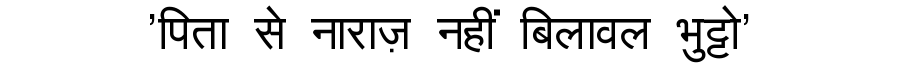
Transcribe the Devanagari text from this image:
'पिता से नाराज़ नहीं बिलावल भुट्टो'